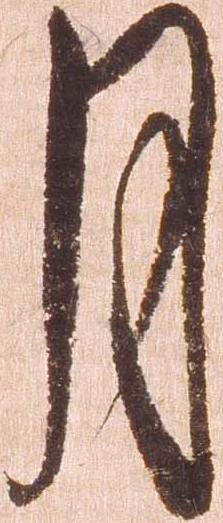
月